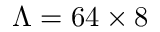
\Lambda = 6 4 \times 8